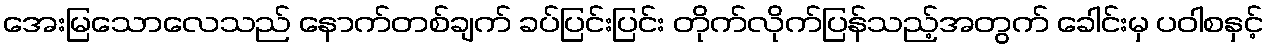
အေးမြသောလေသည် နောက်တစ်ချက် ခပ်ပြင်းပြင်း တိုက်လိုက်ပြန်သည့်အတွက် ခေါင်းမှ ပဝါစနှင့်